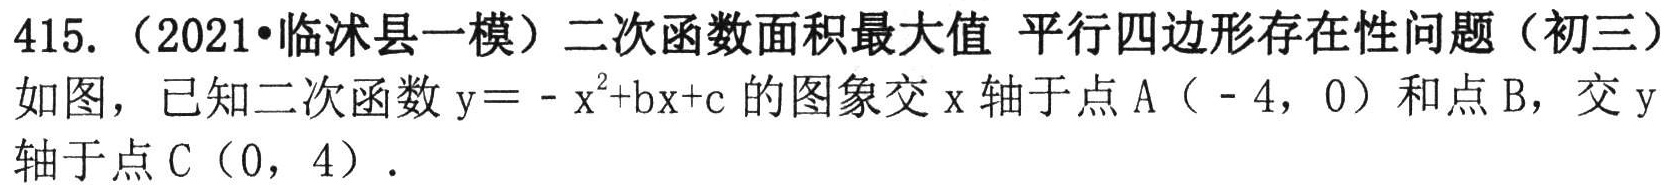
415. （2021•临沭县一模）二次函数面积最大值 平行四边形存在性问题（初三）
如图，已知二次函数$y = -x^{2}+bx + c$的图象交$x$轴于点$A(-4,0)$和点$B$，交$y$轴于点$C(0,4)$．